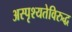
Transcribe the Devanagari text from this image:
अस्पृश्यतेविरुद्ध